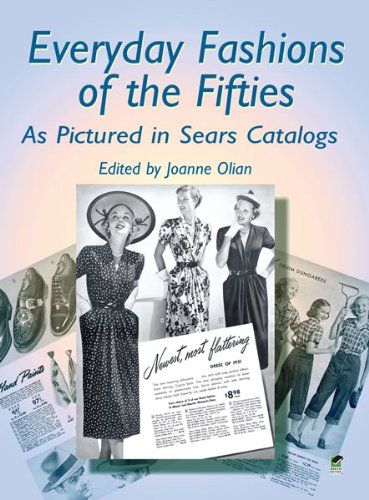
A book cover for Everyday Fashions of the Fifties As Pictured in Sears Catalogs (Dover Fashion and Costumes); Crafts, Hobbies & Home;